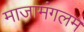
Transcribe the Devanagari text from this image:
माजामंगलम